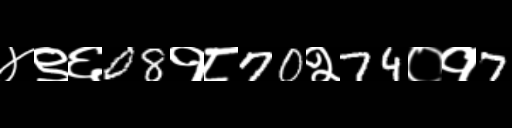
Text: ४९६08१८70२74०१7